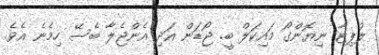
ލުޕިޓާ ނިޔޮންގޯ މައިކަލް ބީ. ޖޯޑަން އަދި އެންޖެލާ ބެސޭ ހިމެނެ އެވެ.